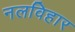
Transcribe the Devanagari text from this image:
नलविहार